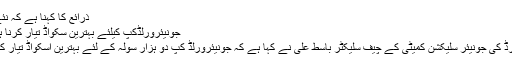
ذرائع کا کہنا ہے کہ نئے آئین کے مطابق
جونیئرورلڈکپ کیلئے بہترین سکواڈ تیار کرنا ہدف ہے،باسط علی
پاکستان کرکٹ بورڈ کی جونیئر سلیکشن کمیٹی کے چیف سلیکٹر باسط علی نے کہا ہے کہ جونیئرورلڈ کپ دو ہزار سولہ کے لئے بہترین اسکواڈ تیار کرنا ان کا ہدف ہے۔